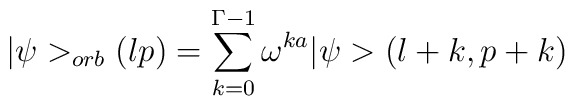
\vert \psi >_{orb}(lp) =\sum_{k=0}^{\Gamma-1} \omega^{k a}\vert \psi > (l+k,p+k)